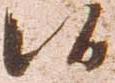
候